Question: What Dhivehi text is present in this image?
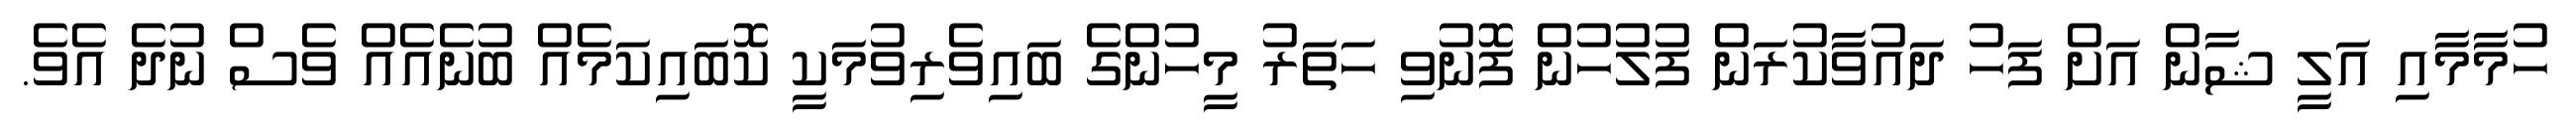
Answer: ހުމާމާއި އަލީ ޝާން އަށް ފަހު ދައުވާކުރަން ފުލުހުން ފޮނުވި ހަތަރު މީހުންގެ ބައިވެރިވުމަކީ ކޮބައިކަމެއް ބުނެއެއް ވެސް ނުދެ އެވެ.